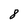
Character: 8